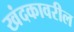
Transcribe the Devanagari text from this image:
खंदकावरील